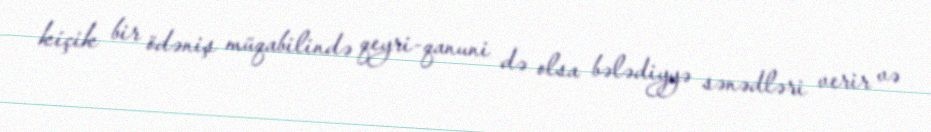
kiçik bir ödəniş müqabilində qeyri-qanuni də olsa bələdiyyə sənədləri verir və